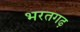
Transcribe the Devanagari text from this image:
भरतगढ़